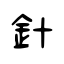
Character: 針